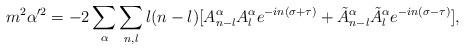
LaTeX: \begin{align*}m^2\alpha'^2=-2\sum_\alpha\sum_{n,l}l(n-l)[A^\alpha_{n-l}A^\alpha_l e^{-in(\sigma+\tau)}+\tilde{A}^\alpha_{n-l}\tilde{A}^\alpha_l e^{-in(\sigma-\tau)}],\end{align*}